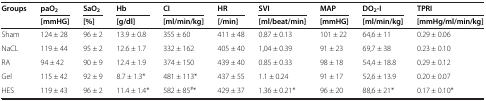
<table><thead><tr><td rowspan="2"><b>Groups</b></td><td><b>paO<sub>2</sub></b></td><td><b>SaO<sub>2</sub></b></td><td><b>Hb</b></td><td><b>CI</b></td><td><b>HR</b></td><td><b>SVI</b></td><td><b>MAP</b></td><td><b>DO<sub>2</sub>-I</b></td><td><b>TPRI</b></td></tr><tr><td><b>[mmHG]</b></td><td><b>[%]</b></td><td><b>[g/dl]</b></td><td><b>[ml/min/kg]</b></td><td><b>[/min]</b></td><td><b>[ml/beat/min]</b></td><td><b>[mmHG]</b></td><td><b>[ml/min/kg]</b></td><td><b>[mmHg/ml/min/kg]</b></td></tr></thead><tbody><tr><td>Sham</td><td>124 ± 28</td><td>96 ± 2</td><td>13.9 ± 0.8</td><td>355 ± 60</td><td>411 ± 48</td><td>0.87 ± 0.13</td><td>101 ± 22</td><td>64,6 ± 11</td><td>0.29 ± 0.06</td></tr><tr><td>NaCL</td><td>119 ± 44</td><td>95 ± 2</td><td>12.6 ± 1.7</td><td>332 ± 162</td><td>405 ± 40</td><td>1,04 ± 0.39</td><td>91 ± 23</td><td>69,7 ± 38</td><td>0.23 ± 0.10</td></tr><tr><td>RA</td><td>94 ± 42</td><td>90 ± 9</td><td>12.4 ± 1.9</td><td>374 ± 150</td><td>439 ± 40</td><td>0.85 ± 0.33</td><td>98 ± 18</td><td>54,4 ± 18.8</td><td>0.29 ± 0.12</td></tr><tr><td>Gel</td><td>115 ± 42</td><td>92 ± 9</td><td>8.7 ± 1.3*</td><td>481 ± 113*</td><td>437 ± 55</td><td>1.1 ± 0.24</td><td>91 ± 17</td><td>52,6 ± 13.9</td><td>0.20 ± 0.07</td></tr><tr><td>HES</td><td>119 ± 43</td><td>96 ± 2</td><td>11.4 ± 1.4*</td><td>582 ± 85<sup>#</sup>*</td><td>429 ± 37</td><td>1.36 ± 0.21*</td><td>96 ± 20</td><td>88,6 ± 21*</td><td>0.17 ± 0.10*</td></tr></tbody></table>